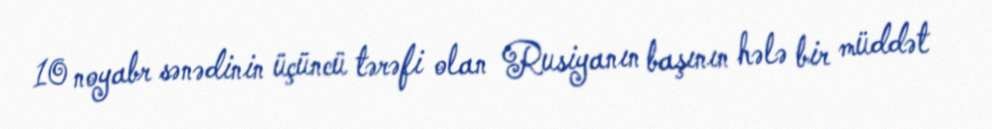
10 noyabr sənədinin üçüncü tərəfi olan Rusiyanın başının hələ bir müddət